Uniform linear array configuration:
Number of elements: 16
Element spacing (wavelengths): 1
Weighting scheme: hann
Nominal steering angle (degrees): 30
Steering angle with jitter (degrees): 31.658
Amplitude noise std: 0.05
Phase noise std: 0.05

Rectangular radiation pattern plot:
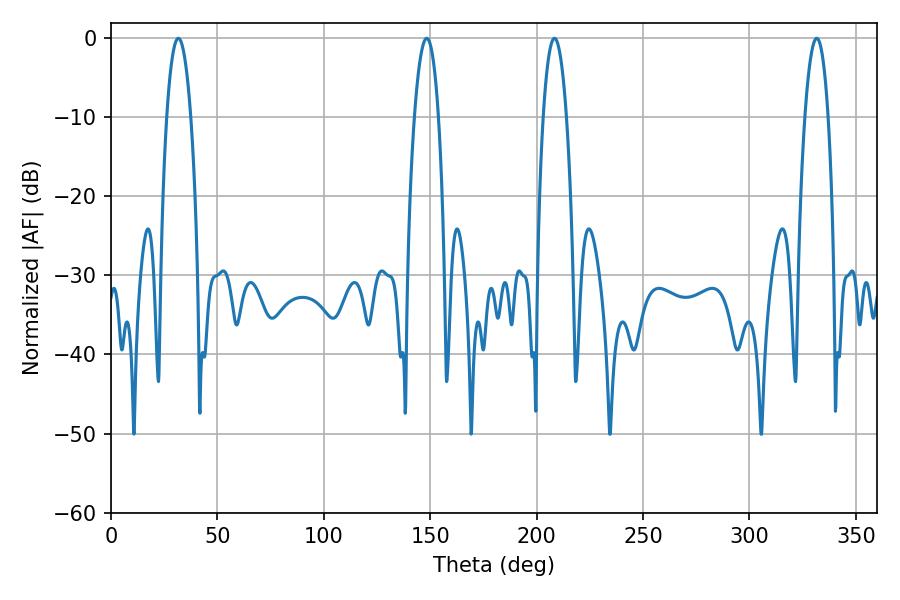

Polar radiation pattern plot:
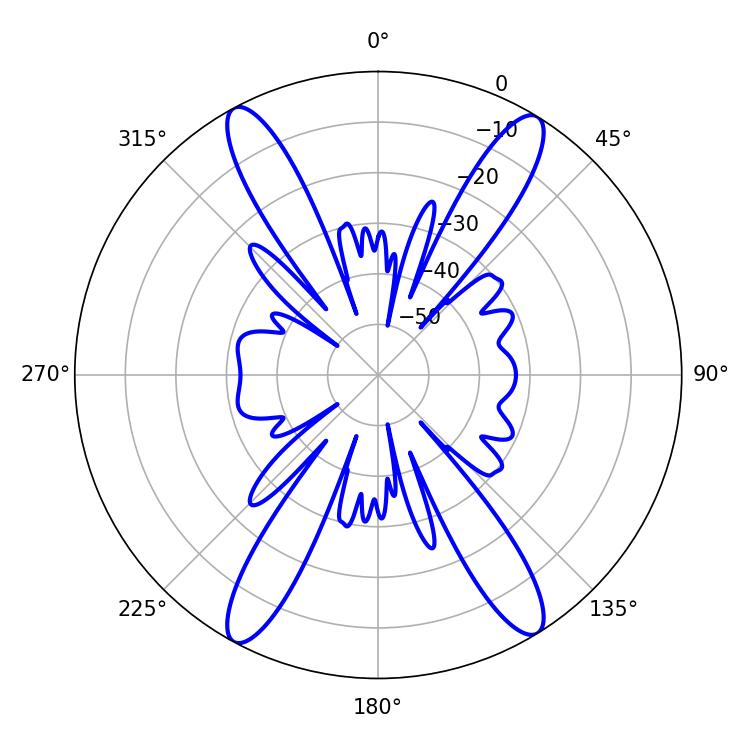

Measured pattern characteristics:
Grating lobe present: TRUE
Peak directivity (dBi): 21.219
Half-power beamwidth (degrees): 6.3
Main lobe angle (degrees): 31.68